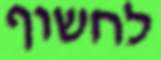
לחשוף